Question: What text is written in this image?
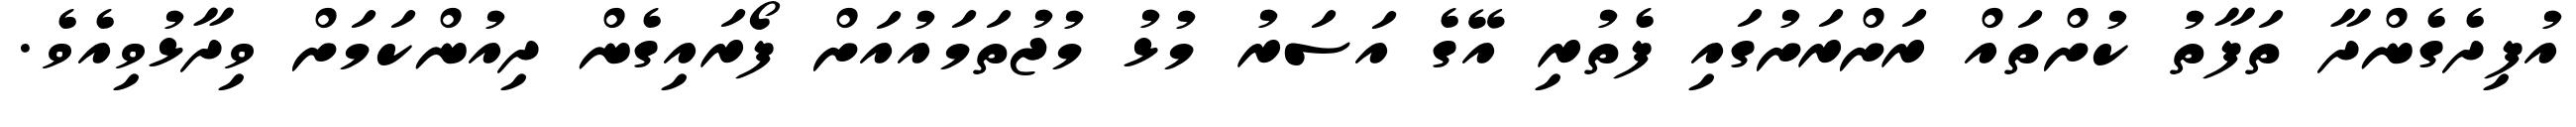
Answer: އުފިދެގެންދާ ތަފާތު ކުށްތައް ރަށްރަށުގައި ފެތުރި އޭގެ އަސަރު މުޅު މުޖުތަމައުއަށް ފޯރައިގެން ދިއުންކަމަށް ވިދާޅުވިއެވެ.